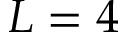
L = 4